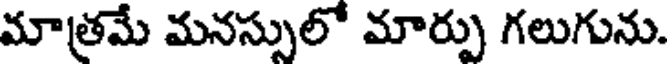
మాత్రమే మనస్సులో మార్పు గలుగును.